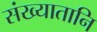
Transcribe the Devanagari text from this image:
संख्यातानि